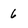
Character: 6